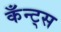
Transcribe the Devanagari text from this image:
कँन्ट्‌स